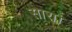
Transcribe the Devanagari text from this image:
सारा।